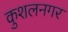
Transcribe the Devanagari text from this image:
कुशलनगर